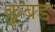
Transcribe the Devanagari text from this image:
कूबड